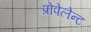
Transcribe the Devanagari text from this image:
प्रोपेलेन्ट